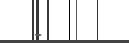
-